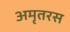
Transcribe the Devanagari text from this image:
अमृतरस